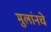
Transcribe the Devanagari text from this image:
मुलांनचे